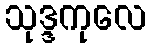
သုဒ္ဒကုလေ